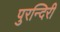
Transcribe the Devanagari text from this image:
पुरन्दिरी